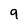
Character: 9